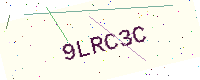
Text: 9LRC3C